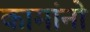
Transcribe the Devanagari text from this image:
कामांनो